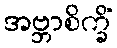
အဗ္ဘာစိက္ခိံ